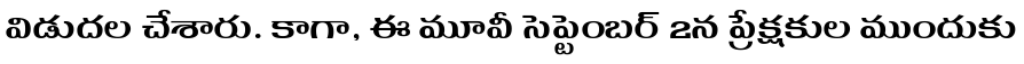
విడుదల చేశారు. కాగా, ఈ మూవీ సెప్టెంబర్ 2న ప్రేక్షకుల ముందుకు